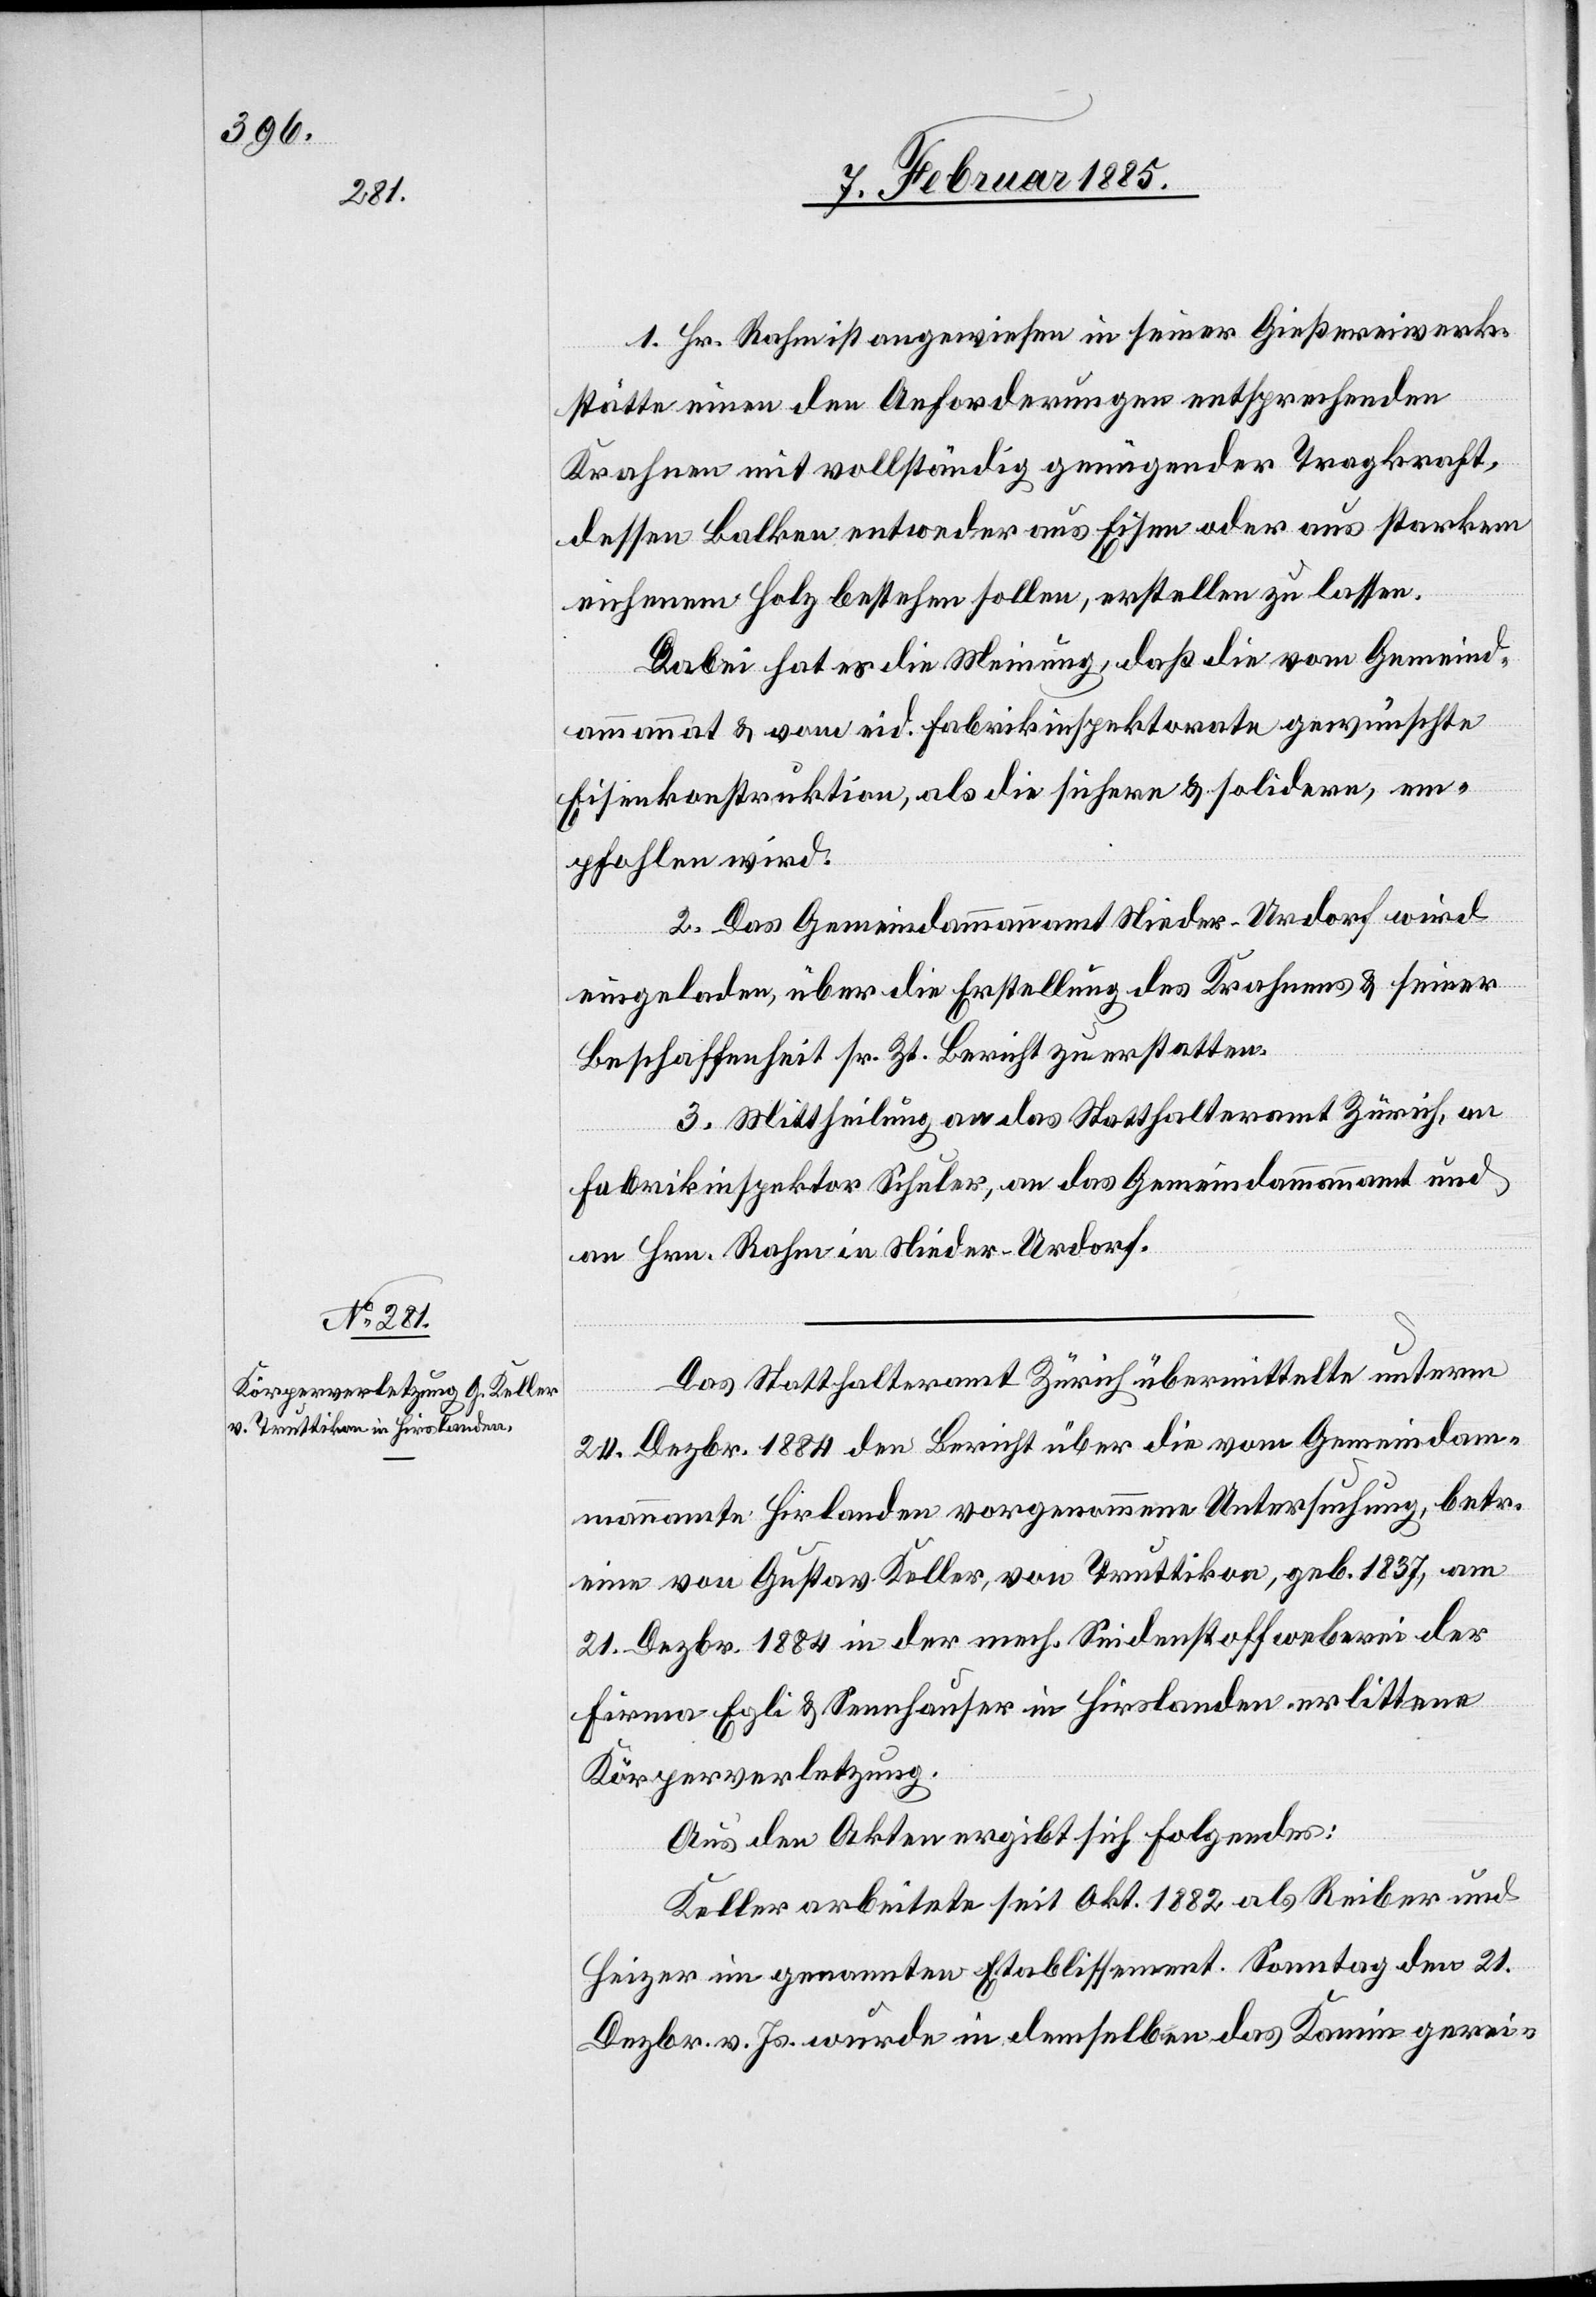
1. Hr. Rahm ist angewiesen in seiner Gießereiwerk¬
stätte einen den Anforderungen entsprechenden
Krahnen mit vollständig genügender Tragkraft,
dessen Balken entweder aus Eisen oder aus starkem
eichenem Holz bestehen sollen, erstellen zu lassen.
Dabei hat er die Meinung, daß die vom Gemeind¬
ammanna[m]t & vom eid. Fabrikinspektor gewünschte
Eisenkonstruktion, als die sichere & solidere, em¬
pfehlen wird.
2. Das Gemeindammannamt Nieder-Urdorf wird
eingeladen, über die Erstellung des Krahnens & seiner
Beschaffenheit sr. Zt. Bericht zu erstatten.
3. Mittheilung an das Statthalteramt Zürich, an
Fabrikinspektor Schuler, an das Gemeindammannamt und
an Hrn. Rahm in Nieder-Urdorf.
Das Statthalteramt Zürich übermittelte unterm
24. Dezbr. 1884 den Bericht über die vom Gemeindam¬
mannamte Hirslanden vorgenommene Untersuchung, betr.
eine von Gustav Keller, von Truttikon, geb. 1837, am
21. Dezbr. 1884 in der mech. Seidenstoffweberei der
Firma Egli & Sennhauser in Hirslanden erlittene
Körperverletzung.
Aus den Akten ergibt sich folgendes:
Keller arbeitete seit Okt. 1882 als Reiber und
Heizer im genannten Etablissement. Sonntag den 21.
Dezbr. v. Js. wurde in demselben das Kamin gerei-